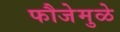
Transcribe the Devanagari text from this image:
फौजेमुळे